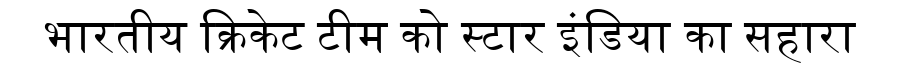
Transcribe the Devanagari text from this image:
भारतीय क्रिकेट टीम को स्टार इंडिया का सहारा